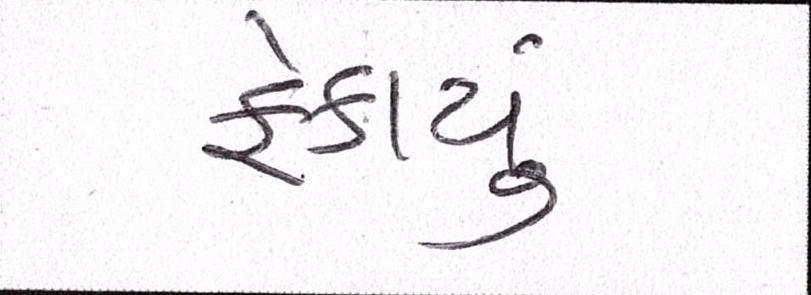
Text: ફેકાયું